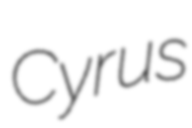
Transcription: Cyrus